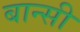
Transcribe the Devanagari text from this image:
बान्‍सी